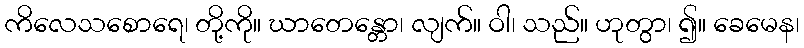
ကိလေသစောရေ၊ တို့ကို။ ဃာတေန္တော၊ လျက်။ ဝါ၊ သည်။ ဟုတွာ၊ ၍။ ခေမေန၊